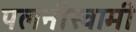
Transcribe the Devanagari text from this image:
पलनीस्वामी